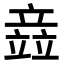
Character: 𫁪